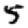
Digit: 5